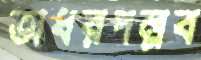
অধরপল্লব